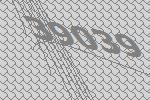
39039